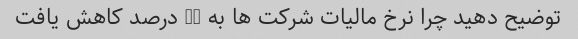
توضیح دهید چرا نرخ مالیات شرکت ها به 17 درصد کاهش یافت